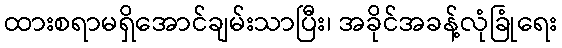
ထားစရာမရှိအောင်ချမ်းသာပြီး၊ အခိုင်အခန့်လုံခြုံရေး